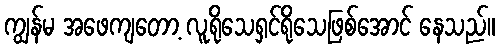
ကျွန်မ အဖေကျတော့ လူရိုသေရှင်ရိုသေဖြစ်အောင် နေသည်။